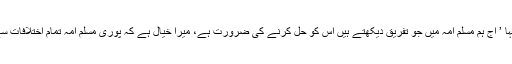
مسلم امہ کے اتحاد پر تذکرہ کرتے ہوئے انہوں نے کہا ’ آج ہم مسلم امہ میں جو تفریق دیکھتے ہیں اس کو حل کرنے کی ضرورت ہے، میرا خیال ہے کہ پوری مسلم امہ تمام اختلافات سے بالا تر ہو کر خود بھی اس مسئلے پر آواز اٹھائے’۔